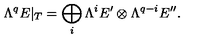
\Lambda ^ { q } E | _ { T } = \bigoplus _ { i } \Lambda ^ { i } E ^ { \prime } \otimes \Lambda ^ { q - i } E ^ { \prime \prime } .